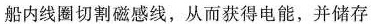
船内线圈切割磁感线，从而获得电能，并储存